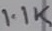
Text: 1.1K